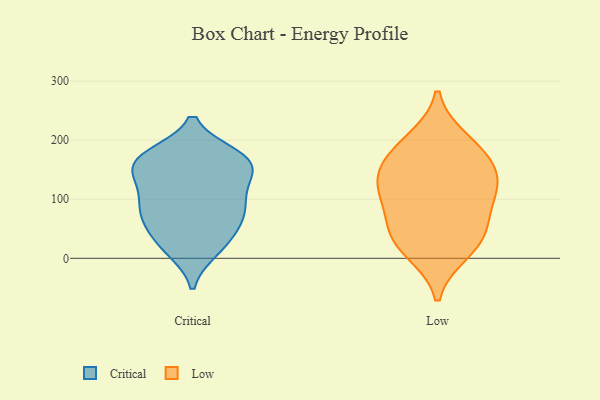
{"axis": {"x": "Market Share (%)", "y": "Value"}, "legend": ["Critical", "Low"], "data": [{"x": "", "y": 172, "type": "Critical"}, {"x": "", "y": 46, "type": "Critical"}, {"x": "", "y": 16, "type": "Critical"}, {"x": "", "y": 136, "type": "Critical"}, {"x": "", "y": 75, "type": "Critical"}, {"x": "", "y": 30, "type": "Critical"}, {"x": "", "y": 109, "type": "Critical"}, {"x": "", "y": 14, "type": "Critical"}, {"x": "", "y": 92, "type": "Critical"}, {"x": "", "y": 125, "type": "Critical"}, {"x": "", "y": 72, "type": "Critical"}, {"x": "", "y": 165, "type": "Critical"}, {"x": "", "y": 85, "type": "Critical"}, {"x": "", "y": 165, "type": "Critical"}, {"x": "", "y": 162, "type": "Critical"}, {"x": "", "y": 142, "type": "Critical"}, {"x": "", "y": 174, "type": "Critical"}, {"x": "", "y": 169, "type": "Critical"}, {"x": "", "y": 69, "type": "Critical"}, {"x": "", "y": 27, "type": "Low"}, {"x": "", "y": 12, "type": "Low"}, {"x": "", "y": 138, "type": "Low"}, {"x": "", "y": 58, "type": "Low"}, {"x": "", "y": 45, "type": "Low"}, {"x": "", "y": 118, "type": "Low"}, {"x": "", "y": 181, "type": "Low"}, {"x": "", "y": 199, "type": "Low"}, {"x": "", "y": 102, "type": "Low"}, {"x": "", "y": 165, "type": "Low"}, {"x": "", "y": 123, "type": "Low"}]}